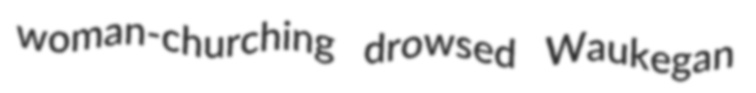
woman-churching drowsed Waukegan